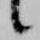
候